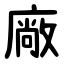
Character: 廠